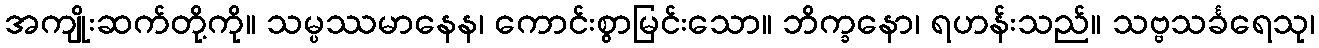
အကျိုးဆက်တို့ကို။ သမ္ပဿမာနေန၊ ကောင်းစွာမြင်းသော။ ဘိက္ခနော၊ ရဟန်းသည်။ သဗ္ဗသင်္ခရေသု၊